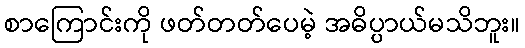
စာကြောင်းကို ဖတ်တတ်ပေမဲ့ အဓိပ္ပာယ်မသိဘူး။